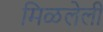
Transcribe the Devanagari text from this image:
मिळलेली